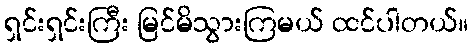
ရှင်းရှင်းကြီး မြင်မိသွားကြမယ် ထင်ပါတယ်။